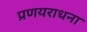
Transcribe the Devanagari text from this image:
प्रणयराधना